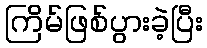
ကြိမ်ဖြစ်ပွားခဲ့ပြီး